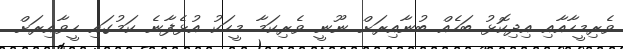
ވެރިމީހާއާއި އިދިކޮޅު ބަހެއް ބުނާއިރަށް ނޫނީ ވެރިކަމާ މީހަކު އުޅެފާނެ ކަމުގައި ހީވާއިރަށް